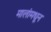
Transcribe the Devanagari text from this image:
मालांमधून